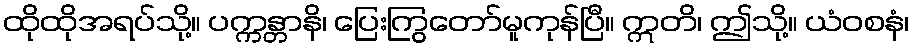
ထိုထိုအရပ်သို့။ ပက္ကန္တာနိ၊ ပြေးကြွတော်မူကုန်ပြီ။ ဣတိ၊ ဤသို့။ ယံဝစနံ၊